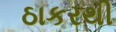
ઠાકરથી